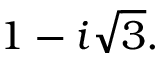
1 - i { \sqrt { 3 } } .